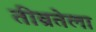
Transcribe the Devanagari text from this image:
तीव्रतेला